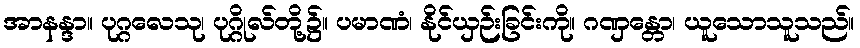
အာနန္ဒာ။ ပုဂ္ဂလေသု၊ ပုဂ္ဂိုလ်တို့၌။ ပမာဏံ၊ နိုင်ယှဉ်းခြင်းကို။ ဂဏှန္တော၊ ယူသောသူသည်။